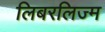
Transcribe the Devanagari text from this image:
लिबरलिज्म